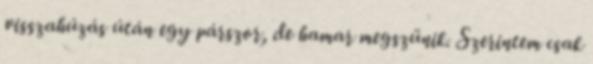
visszahúzás útán egy párszor, de hamar megszünik. Szerintem csak